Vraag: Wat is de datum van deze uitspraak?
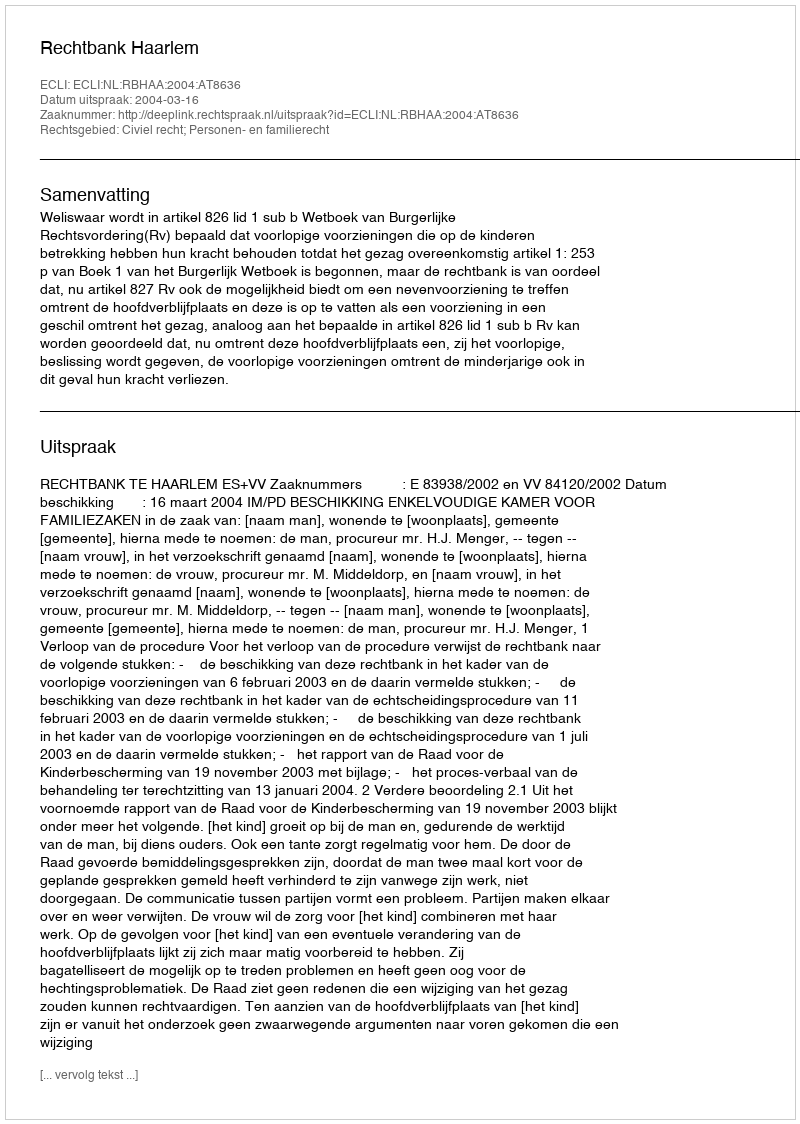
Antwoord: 2004-03-16